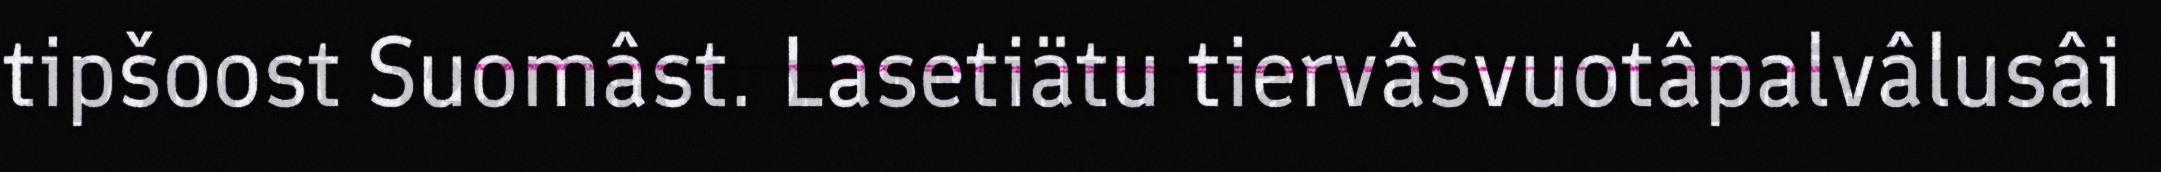
tipšoost Suomâst. Lasetiätu tiervâsvuotâpalvâlusâi